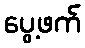
ပွေ့ဖက်